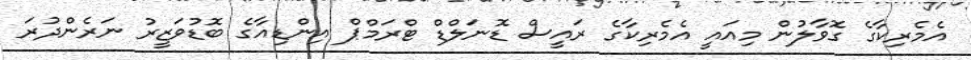
އެމެރިކާގެ ގޮވާލުން މިއައީ އެމެރިކާގެ ރައީސް ޑޮނަލްޑް ޓްރަމްޕް އިންޑިއާގެ ބޮޑުވަޒީރު ނަރެންދުރަ